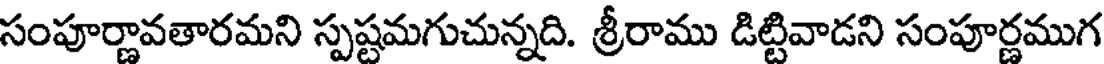
సంపూర్ణావతారమని స్పష్టమగుచున్నది. శ్రీరాము డిట్టివాడని సంపూర్ణముగ